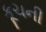
કૂચની